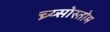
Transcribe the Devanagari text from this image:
च्र्य्सोस्तोम